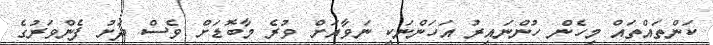
ކަންތައްތައް މިހެން ހުންނައިރު އަހަންނަކީ ނަވާއަށް ވުރެ މާބޮޑަށް ވެސް ދަށު ފެންވަރުގެ